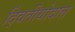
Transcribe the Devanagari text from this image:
द्वितीयोदात्त